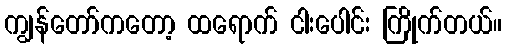
ကျွန်တော်ကတော့ ထရောက် ငါးပေါင်း ကြိုက်တယ်။